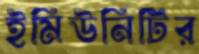
ইমিউনিটির